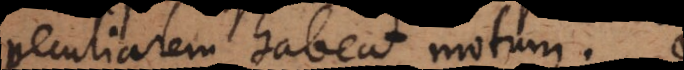
peculiarem habeat motum.